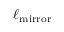
\ell _ { \mathrm { m i r r o r } }